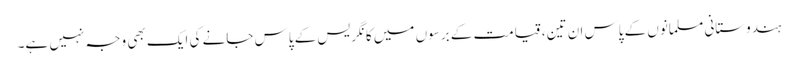
ہندوستانی مسلمانوں کے پاس ان تین، قیامت کے برسوں میں کانگریس کے پاس جانے کی ایک بھی وجہ نہیں ہے۔